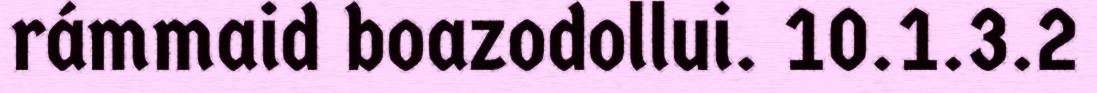
rámmaid boazodollui. 10.1.3.2